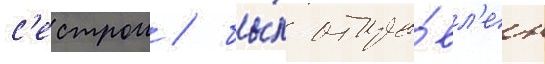
с'естрои / бы́л отпра́вл'ен